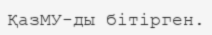
ҚазМУ-ды бітірген.